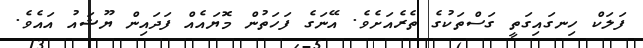
ފަލަކް ހިނގައިގަތީ ގަސްތަކުގެ ތެރެއަށެވެ. އޭނަގެ ފަހަތުން މޮޔައެއް ފަދައިން ޔޫޝައު އައެވެ.